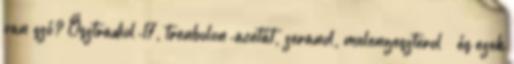
van szó? Ösztradiol-17, trenbolon-acetát, zeranol, melengeszterol – és ezek